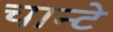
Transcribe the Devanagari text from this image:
चान्टे